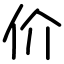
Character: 价